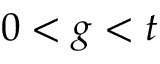
0 < g < t